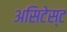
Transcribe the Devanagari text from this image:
असिटेस्ट